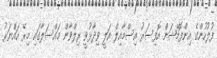
ފުލުހުންގެ އިންފޮމޭޝަން އޮފިސަރު އިސްމާއިލް އަލީ ވިދާޅުވީ ރިލްވާން މައްސަލާގައި މިރޭ ހައްޔަރު